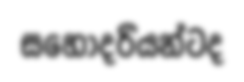
සහෝදරියන්ටද